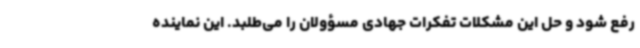
رفع شود و حل این مشکلات تفکرات جهادی مسؤولان را می‌طلبد. این نماینده